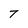
Character: T